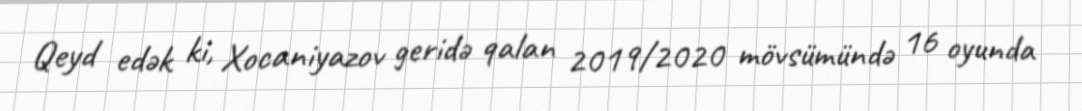
Qeyd edək ki, Xocaniyazov geridə qalan 2019/2020 mövsümündə 16 oyunda